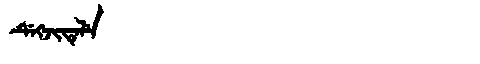
Manchu: ᡩᡝᡴᠵᡳᡨᡝᠯᡝ
Romanization: DEKJITELE